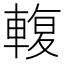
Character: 輹